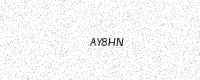
Text: AY8HN